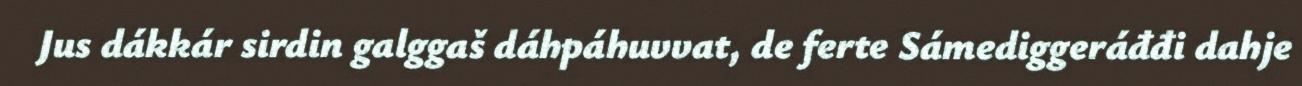
Jus dákkár sirdin galggaš dáhpáhuvvat, de ferte Sámediggeráđđi dahje